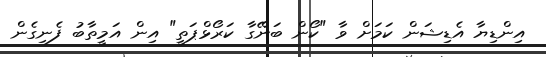
އިންޑިޔާ އެޑިޝަން ކަމަށް ވާ "ކޯން ބަނޭގާ ކަރޯޅްޕަތީ" އިން އަމީތާބު ފެނިގެން